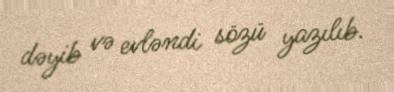
dəyib və evləndi sözü yazılıb.